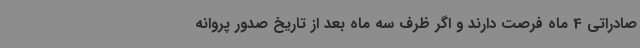
صادراتی 4 ماه فرصت دارند و اگر ظرف سه ماه بعد از تاریخ صدور پروانه